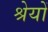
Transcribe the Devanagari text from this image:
श्रेयों